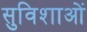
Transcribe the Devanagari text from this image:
सुविशाओं